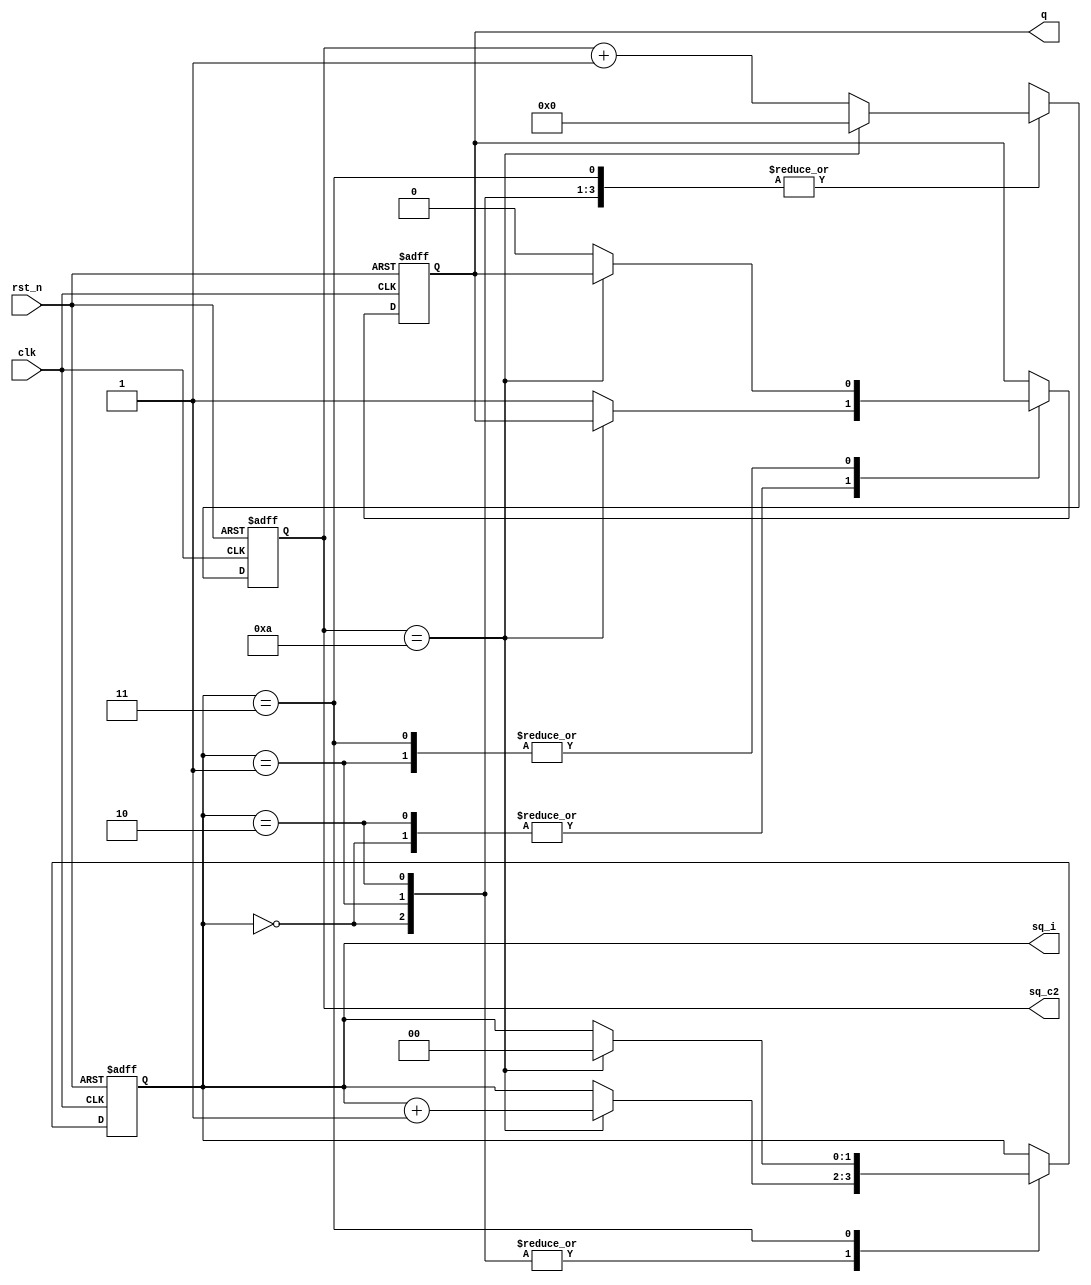
module c2a_module
(
    input clk,
    input rst_n,
    
    output q,
    
    output [4:0] sq_c2,
    output [1:0] sq_i
);

    reg [1:0] i;
    reg [4:0] c2;
    reg rq;
    
    always @(posedge clk or negedge rst_n)
    begin
        if(~rst_n)
        begin
            i <= 2'd0;
            c2 <= 5'd0;
            rq <= 1'b0;
        end
        else
        begin
            case(i)
            
                0:
                if(c2 == 10) begin c2 <= 5'd0; i <= i + 1'b1; end
                else begin rq <= 1'b1; c2 <= c2 + 1'b1; end
                
                1:
                if(c2 == 10) begin c2 <= 5'd0; i <= i + 1'b1; end
                else begin rq <= 1'b0; c2 <= c2 + 1'b1; end
                
                2:
                if(c2 == 10) begin c2 <= 5'd0; i <= i + 1'b1; end
                else begin rq <= 1'b1; c2 <= c2 + 1'b1; end
                
                3:
                if(c2 == 10) begin c2 <= 5'd0; i <= 2'd0; end
                else begin rq <= 1'b0; c2 <= c2 + 1'b1; end
                
            endcase
        end
    
    end
    
    assign q = rq;
    assign sq_c2 = c2;
    assign sq_i = i;
    
    
endmodule